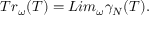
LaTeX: T r _ { \omega } ( T ) = L i m _ { \omega } { \gamma } _ { N } ( T ) .